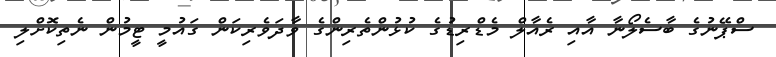
ސްޕޭނުގެ ބާސެލޯނާ އާއި ރެއާލް މެޑްރިޑުގެ ކުޅުންތެރިންގެ ވާދަވެރިކަން ގައުމީ ޓީމުން ނެތިކޮށްލި